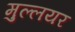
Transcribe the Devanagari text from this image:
मुल्लयर